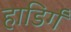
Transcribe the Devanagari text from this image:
हाडिर्गं